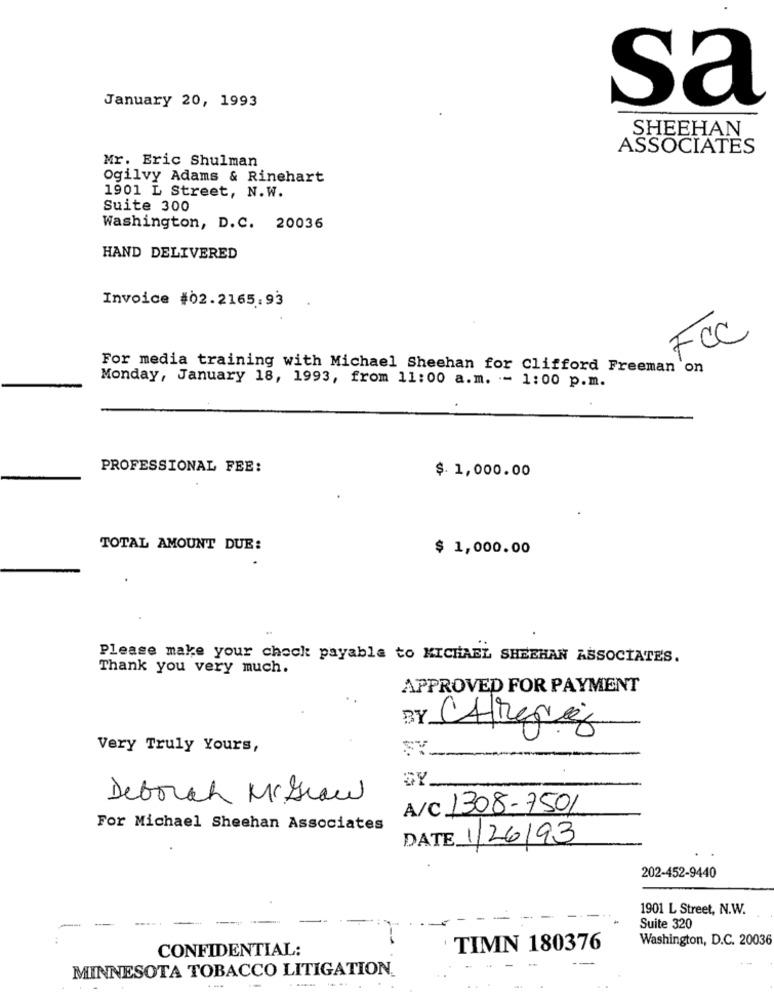
January 20, 1993
sa
SHEEHAN
ASSOCIATES
Mr. Eric Shulman
Ogilvy Adams & Rinehart
1901 L Street, N.W.
Suite 300
Washington, D.C. 20036
HAND DELIVERED
Invoice #02.2165.93
FCC
For media training with Michael Sheehan for Clifford Freeman on
Monday, January 18, 1993, from 11:00 a.m. - 1:00 p.m.
PROFESSIONAL FEE:
$ 1,000.00
TOTAL AMOUNT DUE:
$ 1,000.00
Please make your check payable to MICHAEL SHEEHAN ASSOCIATES.
Thank you very much.
APPROVED FOR PAYMENT
BY CAfregia
Very Truly Yours,
Deborah Mcgraw
A/C 1308-7501
For Michael Sheehan Associates
DATE 1/26/93
202-452-9440
1901 L Street, N.W.
----
---
Suite 320
Washington, D.C. 20036
CONFIDENTIAL:
TIMN 180376
MINNESOTA TOBACCO LITIGATION.